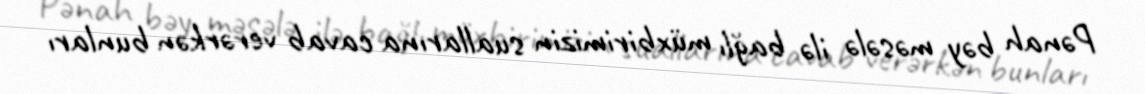
Pənah bəy məsələ ilə bağlı müxbirimizin suallarına cavab verərkən bunları